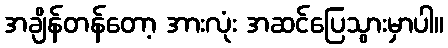
အချိန်တန်တော့ အားလုံး အဆင်ပြေသွားမှာပါ။